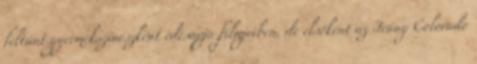
feltűnt gyermekszínészként édesapja filmjeiben, de elsőként az Irány Colorado